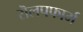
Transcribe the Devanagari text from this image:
रॊलपफार्म